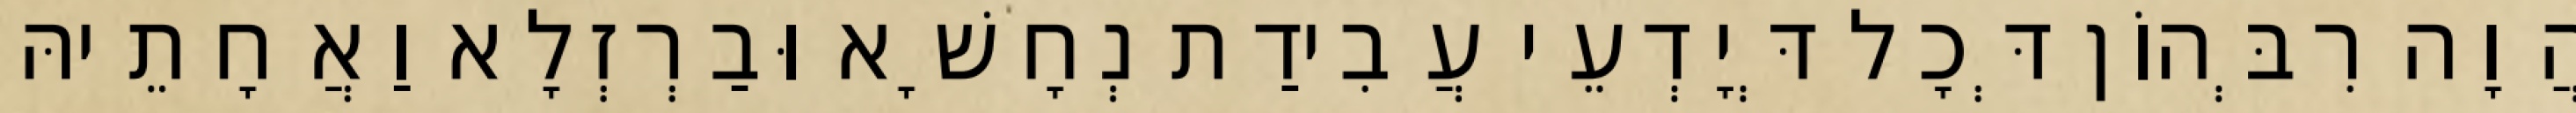
הֲוָה רִבְּהוֹן דְּכָל דְּיָדְעֵי עֲבִידַת נְחָשָׁא וּבַרְזְלָא וַאֲחָתֵיהּ